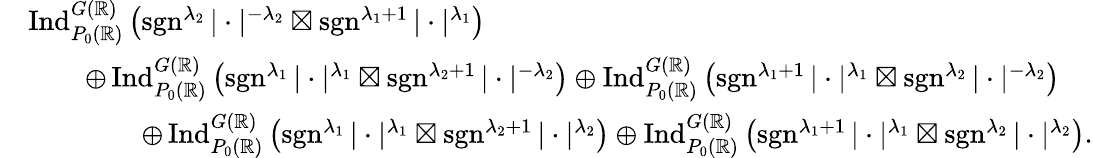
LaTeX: \begin{array}{rl}&{\operatorname{Ind}_{P_{0}(\mathbb{R})}^{G(\mathbb{R})}\left(\operatorname{sgn}^{\lambda_{2}}|\cdot|^{-\lambda_{2}}\boxtimes\operatorname{sgn}^{\lambda_{1}+1}|\cdot|^{\lambda_{1}}\right)}\\ &{\qquad\oplus\operatorname{Ind}_{P_{0}(\mathbb{R})}^{G(\mathbb{R})}\left(\operatorname{sgn}^{\lambda_{1}}|\cdot|^{\lambda_{1}}\boxtimes\operatorname{sgn}^{\lambda_{2}+1}|\cdot|^{-\lambda_{2}}\right)\oplus\operatorname{Ind}_{P_{0}(\mathbb{R})}^{G(\mathbb{R})}\left(\operatorname{sgn}^{\lambda_{1}+1}|\cdot|^{\lambda_{1}}\boxtimes\operatorname{sgn}^{\lambda_{2}}|\cdot|^{-\lambda_{2}}\right)}\\ &{\qquad\qquad\oplus\operatorname{Ind}_{P_{0}(\mathbb{R})}^{G(\mathbb{R})}\left(\operatorname{sgn}^{\lambda_{1}}|\cdot|^{\lambda_{1}}\boxtimes\operatorname{sgn}^{\lambda_{2}+1}|\cdot|^{\lambda_{2}}\right)\oplus\operatorname{Ind}_{P_{0}(\mathbb{R})}^{G(\mathbb{R})}\left(\operatorname{sgn}^{\lambda_{1}+1}|\cdot|^{\lambda_{1}}\boxtimes\operatorname{sgn}^{\lambda_{2}}|\cdot|^{\lambda_{2}}\right).}\end{array}